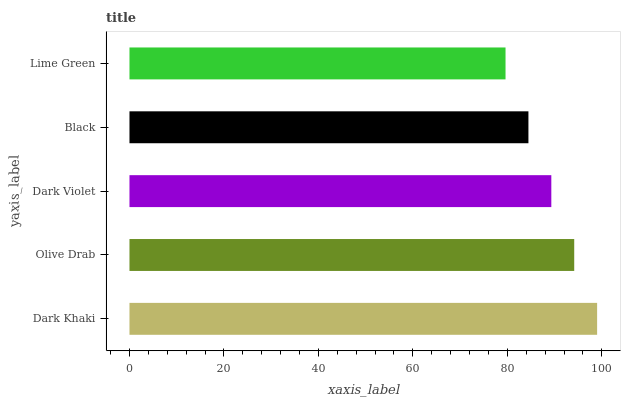
| yaxis_label | bars |
 | --- | --- |
 | Dark Khaki | 99 |
 | Olive Drab | 94.2 |
 | Dark Violet | 89.3 |
 | Black | 84.5 |
 | Lime Green | 79.6 |